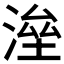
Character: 𣸫